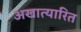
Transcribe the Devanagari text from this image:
अखात्यारित